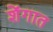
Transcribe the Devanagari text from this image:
शेंगात